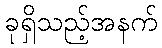
ခုရှိသည့်အနက်